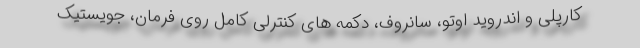
کارپلی و اندروید اوتو، سانروف، دکمه های کنترلی کامل روی فرمان، جویستیک